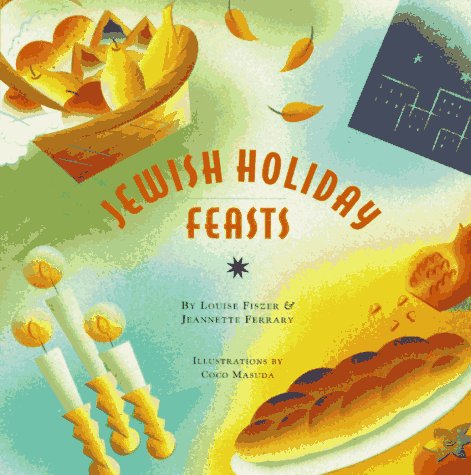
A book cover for Jewish Holiday Feasts (The Artful Kitchen Collection); Jeannette Ferrary; Cookbooks, Food & Wine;